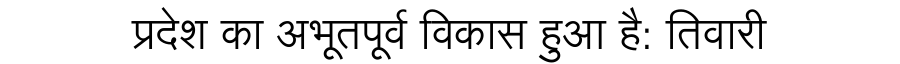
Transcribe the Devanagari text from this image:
प्रदेश का अभूतपूर्व विकास हुआ है: तिवारी